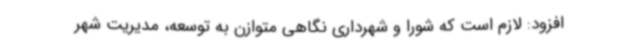
افزود: لازم است که شورا و شهرداری نگاهی متوازن به توسعه، مدیریت شهر